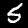
Digit: 5